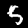
Label: 5